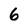
Character: 6